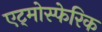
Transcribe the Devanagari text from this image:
एट्मोस्फेरिक